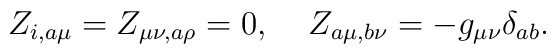
Z_{i,a\mu} = Z_{\mu\nu,a\rho} = 0, \;\;\;\; Z_{a\mu,b\nu} = -g_{\mu\nu}\delta_{ab}.